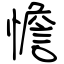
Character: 憺